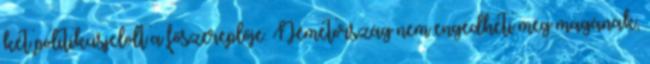
két politikusjelölt a főszereplője. Németország nem engedheti meg magának,